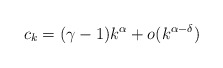
\begin{align*}c_k=(\gamma-1) k^\alpha +o(k^{\alpha-\delta})\end{align*}